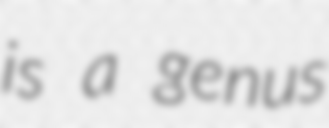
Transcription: is a genus